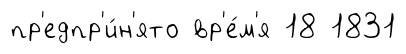
пр'едпр'и́н'ято вр'е́м'я 18 1831